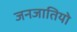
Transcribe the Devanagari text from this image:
जनजातियो